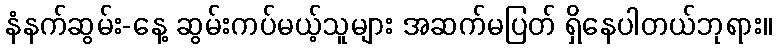
နံနက်ဆွမ်း-နေ့ ဆွမ်းကပ်မယ့်သူများ အဆက်မပြတ် ရှိနေပါတယ်ဘုရား။